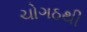
ચોગઠથી